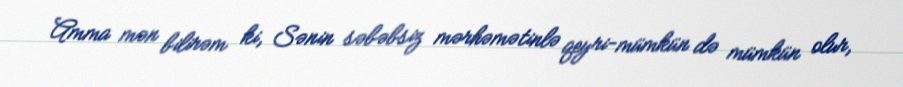
Amma mən bilirəm ki, Sənin səbəbsiz mərhəmətinlə qeyri-mümkün də mümkün olur,